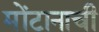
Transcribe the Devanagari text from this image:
मोंटानाची